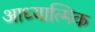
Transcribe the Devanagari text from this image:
आध्‍यात्मिक